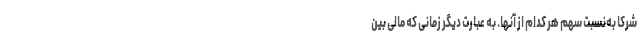
شرکا به‌نسبت سهم هر کدام از آنها. به عبارت دیگر زمانی که مالی بین